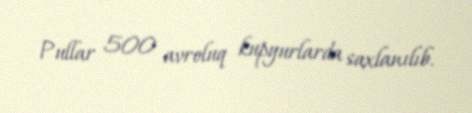
Pullar 500 avroluq kupyurlarda saxlanılıb.